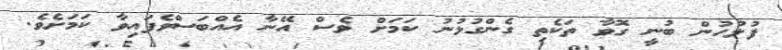
ފުލުހުން ބުނީ ގޮވާ ތަކެތި ގެންގުޅުނު ކަމަށް ވެސް އޭނާ އެއްބަސްވެފައިވާ ކަމަށެވެ.